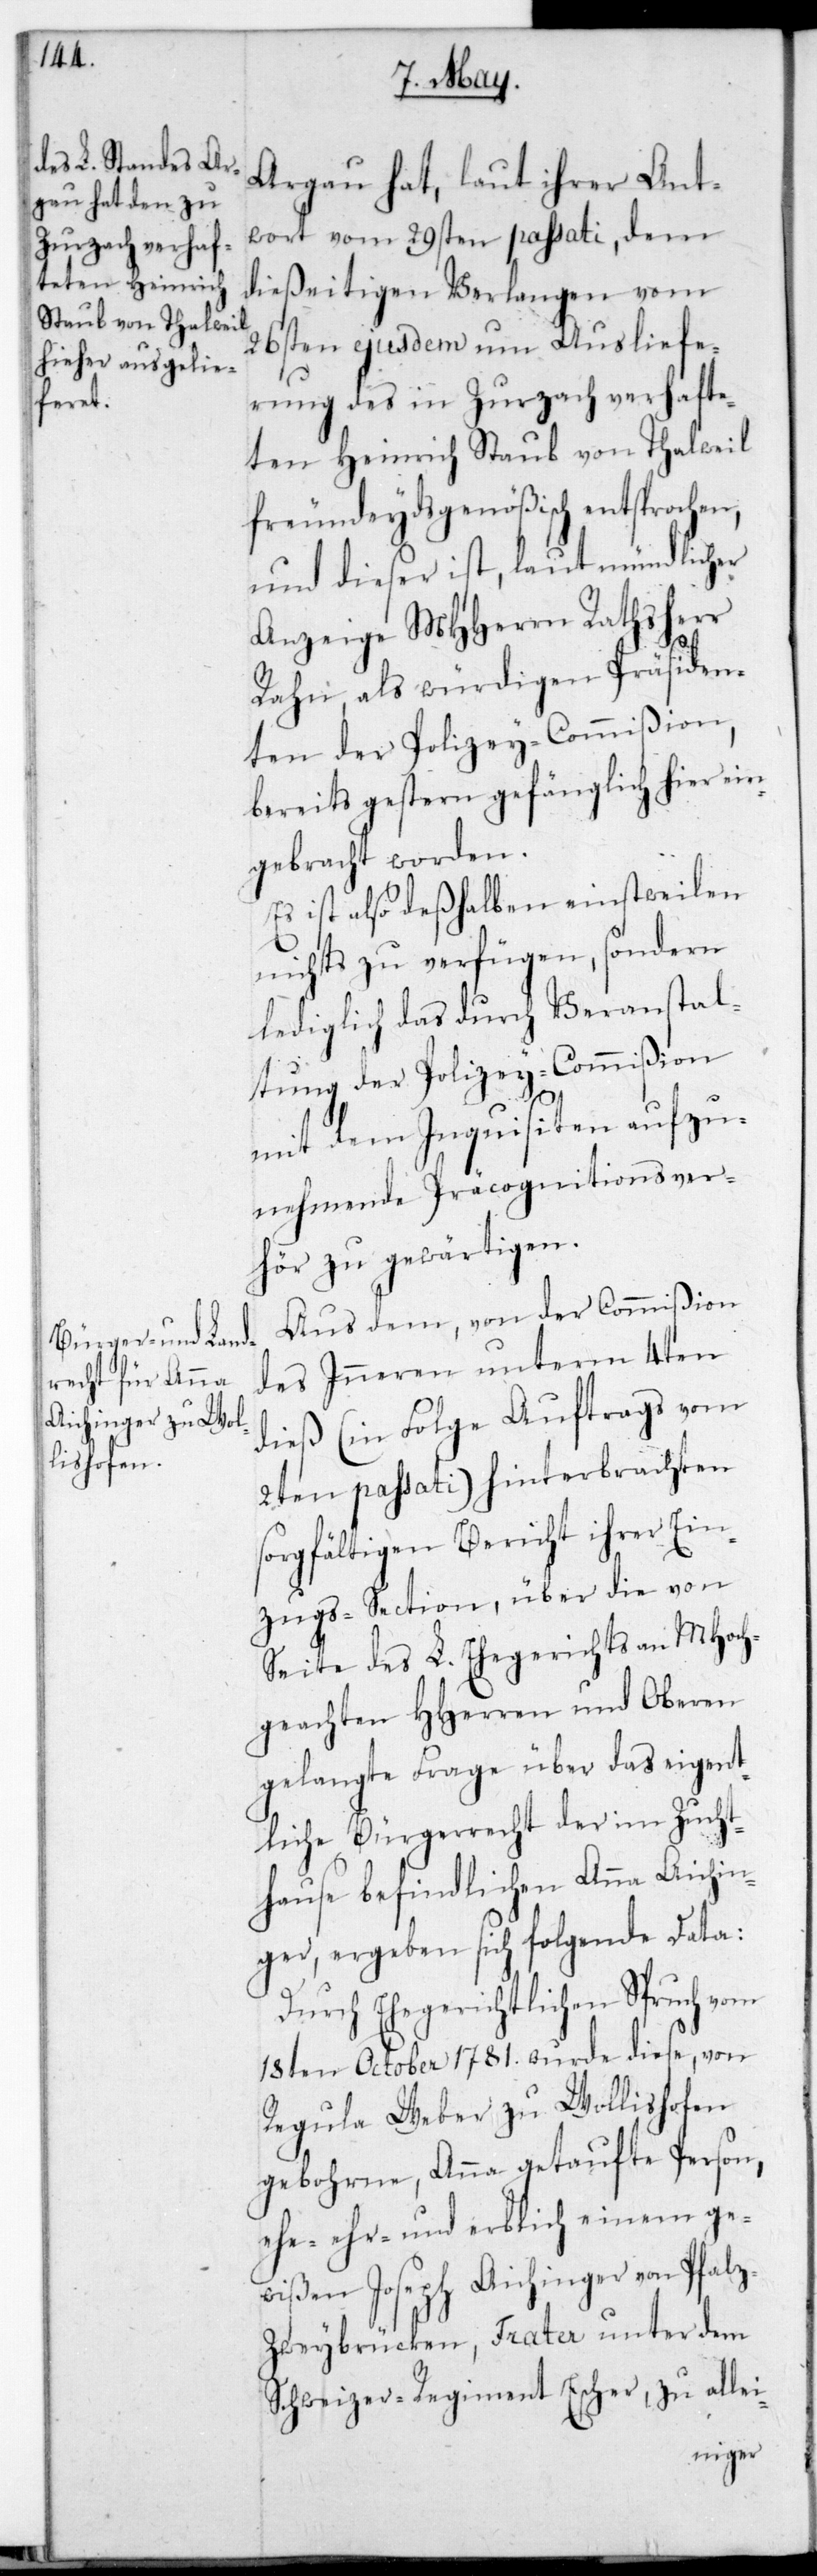
Argau hat, laut ihrer Ant¬
wort vom 29sten passati, dem
dießeitigen Verlangen vom
26sten ejusdem um Ausliefe¬
rung des in Zurzach verhafte¬
ten Heinrich Staub von Thalweil
freundeydsgenößisch entsprochen,
und dieser ist, laut mündlicher
Anzeige MHHerrn Rathsherr
Rahn, als würdigen Präsiden¬
ten der Polizey-Commißion
bereits gestern gefänglich hier ein¬
gebracht worden.
Es ist also deshalben einstweilen
nichts zu verfügen, sondern
lediglich das durch Veranstal¬
tung der Polizey-Commißion
mit dem Inquisiten aufzu¬
nehmende Präcognitionsver¬
hör zu gewärtigen.
Aus dem, von der Commißion
des Inneren unterm 4ten
dieß (in Folge Auftrags vom
2ten passati) hinterbrachten
sorgfältigen Bericht ihrer Ein¬
zugs-Section, über die von
Seite des L. Ehegerichts an MHoch¬
geachten HHerrn und Oberen
gelangte Frage über das eigent¬
liche Bürgerrecht der im Zucht¬
hause befindlichen Anna Aichin¬
ger, ergehen sich folgende Data:
Durch Ehegerichtlichen Spruch vom
18ten October 1781. wurde diese, von
Regula Weber zu Wollishofen
gebohrne, Anna getaufte Person,
ehr- und erblich einem ge¬
wißen Joseph Aichinger von Pfal¬
z-Zweybrücken, Frater unter dem
Schweizer-Regiment Escher, zu allei-